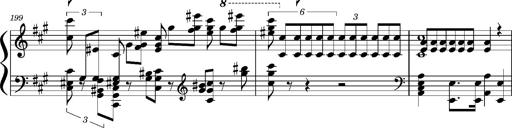
Title: Concerto sans orchestre, S.524a
Composer: Franz Liszt
Key: A major